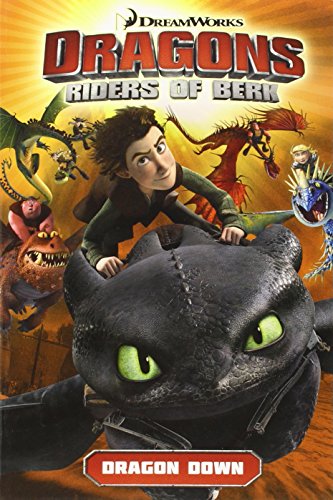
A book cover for DreamWorks' Dragons: Riders of Berk - Volume 1: Dragon Down (How to Train Your Dragon TV); Simon Furman; Comics & Graphic Novels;